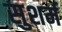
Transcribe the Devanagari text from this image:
सुशर्म